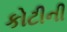
કોટીની